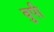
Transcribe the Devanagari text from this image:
वुपी